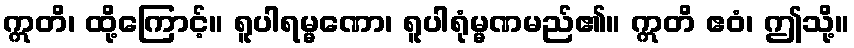
ဣတိ၊ ထို့ကြောင့်။ ရူပါရမ္မဏော၊ ရူပါရုံမ္မဏမည်၏။ ဣတိ ဧဝံ၊ ဤသို့။